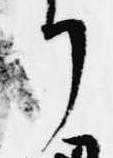
了